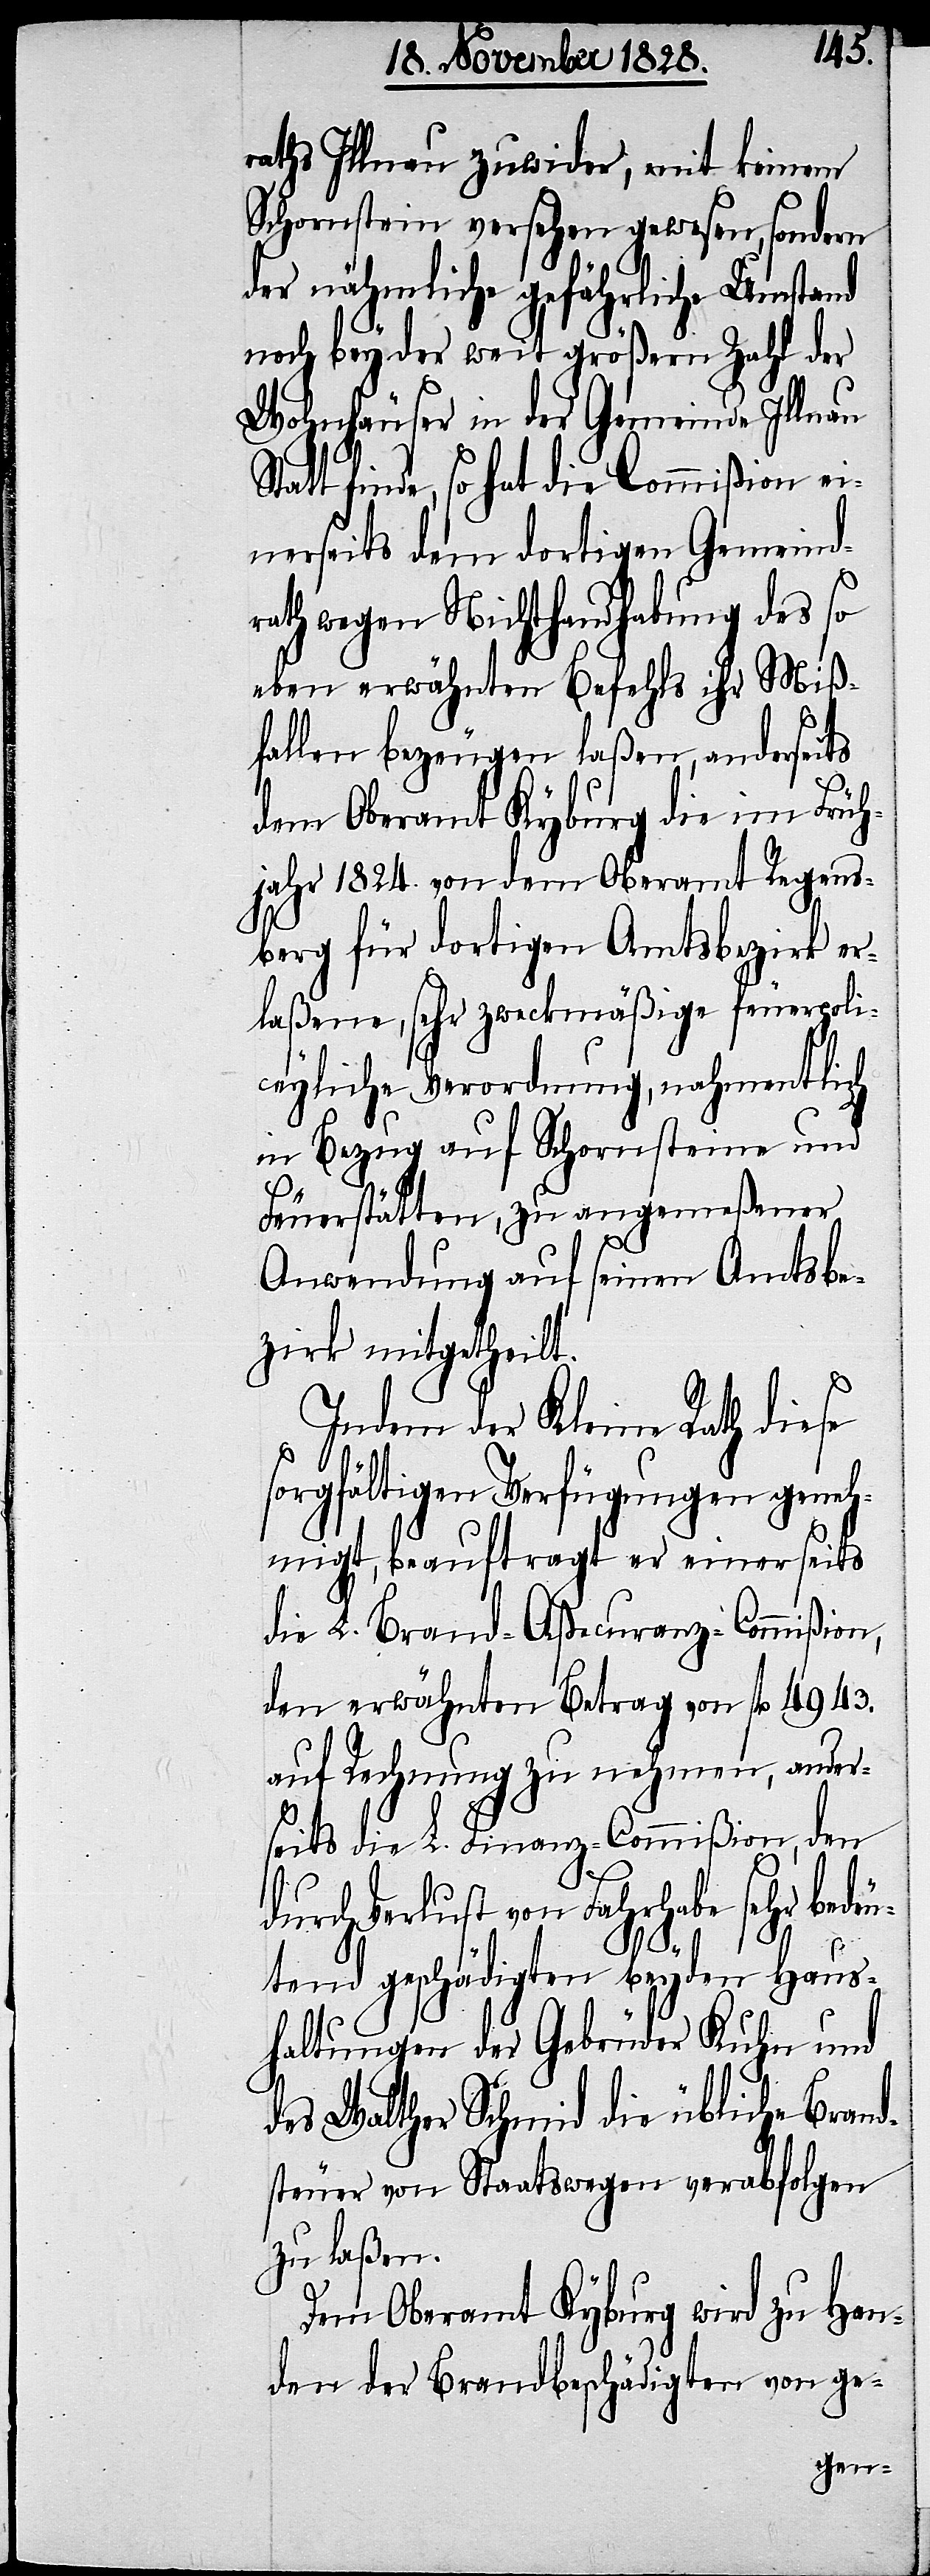
raths Illnau zuwider, mit keinem
Schornstein versehen gewesen, sondern
der nähmliche gefährliche Umstand
noch bey der weit größern Zahl der
Wohnhäuser in der Gemeinde Illnau
Statt finde, so hat die Commißion ei¬
nerseits dem dortigen Gemeind¬
rath wegen Nichthandhabung des so
eben erwähnten Befehls ihr Miß¬
fallen bezeugen laßen, anderseits
dem Oberamt Kyburg die im Früh¬
jahr 1824. von dem Oberamt Regens¬
berg für dortigen Amtsbezirk er¬
laßene, sehr zweckmäßige feuerpoli¬
ceyliche Verordnung, nahmentlich
in Bezug auf Schornsteine und
Feuerstätten, zu angemeßener
Anwendung auf seinen Amtsbe¬
zirk mitgetheilt.
Indem der Keine Rath diese
sorgfältigen Verfügungen geneh¬
migt, beauftragt er einerseits
die L. Brand-Aßecuranz-Commißion,
den erwähnten Betrag von fl. 4943.
auf Rechnung zu nehmen, ander¬
seits die L. Finanz-Commißion, den
durch Verlust von Fahrhabe sehr bede¬
utend geschädigten beyden Haus¬
haltungen der Gebrüder Kuhn und
des Walther Schmid die übliche Brand¬
steuer von Staatswegen verabfolgen
zu laßen.
Dem Oberamt Kyburg wird zu Han¬
den der Brandbeschädigten von ge-